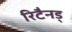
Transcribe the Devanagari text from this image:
रिटैनड्